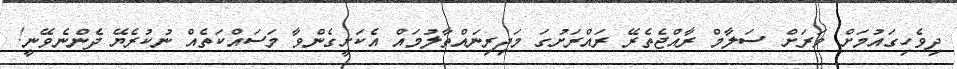
ދިވެހިގައުމަށް ވަރަށް ސަލާމް ރާއްޖެތެރޭ ރައްރަށުގަ މަދިރިނައްތާލުމައް އެކަށީގެންވާ މަސައްކަތެއް ނުކުރެޔޭ ދެންނެވޭނީ!